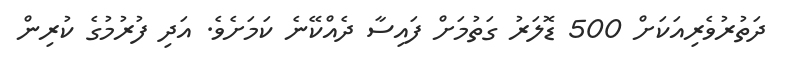
ދަތުރުވެރިއަކަށް 500 ޑޮލަރު ގަތުމަށް ފައިސާ ދެއްކޭނެ ކަމަށެވެ. އަދި ފުރުމުގެ ކުރިން